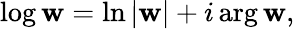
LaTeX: \log\mathbf{w}=\ln|\mathbf{w}|+i\arg\mathbf{w},